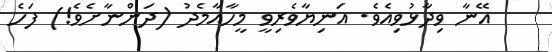
އޭނާ ވިދާޅުވިއެވެ. އަނިޔާވެރިވީ މީހާއާމެދު (ދަންނާށެވެ!) ފަހެ